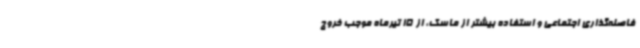
فاصله‌گذاری اجتماعی و استفاده بیشتر از ماسک، از 15 تیرماه موجب خروج